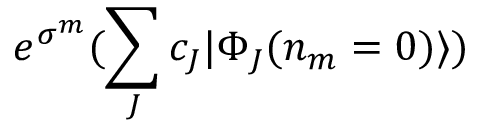
e ^ { \sigma ^ { m } } ( \sum _ { J } c _ { J } | \Phi _ { J } ( n _ { m } = 0 ) \rangle )